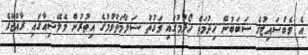
އެ ވެބްސައިޓުގެ ސަބަބުން ހިދުމަތް ހޯދުމުގައި ވަގުތުު ސަލާމަތްވުމުގެ އިތުރުން މެލޭޝިއާގައި ރާއްޖޭގެ